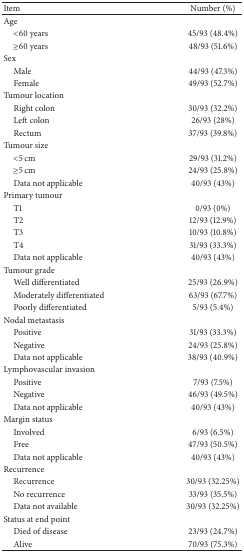
| Item | Number (%) |
 | --- | --- |
 | Age |  |
 | <60 years | 45/93 (48.4%) |
 | ≥60 years | 48/93 (51.6%) |
 | Sex |  |
 | Male | 44/93 (47.3%) |
 | Female | 49/93 (52.7%) |
 | Tumour location |  |
 | Right colon | 30/93 (32.2%) |
 | Left colon | 26/93 (28%) |
 | Rectum | 37/93 (39.8%) |
 | Tumour size |  |
 | <5 cm | 29/93 (31.2%) |
 | ≥5 cm | 24/93 (25.8%) |
 | Data not applicable | 40/93 (43%) |
 | Primary tumour |  |
 | T1 | 0/93 (0%) |
 | T2 | 12/93 (12.9%) |
 | T3 | 10/93 (10.8%) |
 | T4 | 31/93 (33.3%) |
 | Data not applicable | 40/93 (43%) |
 | Tumour grade |  |
 | Well differentiated | 25/93 (26.9%) |
 | Moderately differentiated | 63/93 (67.7%) |
 | Poorly differentiated | 5/93 (5.4%) |
 | Nodal metastasis |  |
 | Positive | 31/93 (33.3%) |
 | Negative | 24/93 (25.8%) |
 | Data not applicable | 38/93 (40.9%) |
 | Lymphovascular invasion |  |
 | Positive | 7/93 (7.5%) |
 | Negative | 46/93 (49.5%) |
 | Data not applicable | 40/93 (43%) |
 | Margin status |  |
 | Involved | 6/93 (6.5%) |
 | Free | 47/93 (50.5%) |
 | Data not applicable | 40/93 (43%) |
 | Recurrence |  |
 | Recurrence | 30/93 (32.25%) |
 | No recurrence | 33/93 (35.5%) |
 | Data not available | 30/93 (32.25%) |
 | Status at end point |  |
 | Died of disease | 23/93 (24.7%) |
 | Alive | 70/93 (75.3%) |